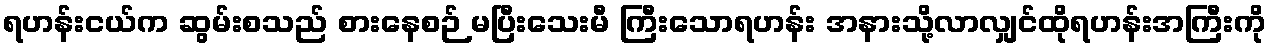
ရဟန်းငယ်က ဆွမ်းစသည် စားနေစဉ် မပြီးသေးမီ ကြီးသောရဟန်း အနားသို့လာလျှင်ထိုရဟန်းအကြီးကို